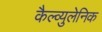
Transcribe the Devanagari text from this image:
कैल्व्युलेनिक